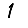
Digit: 1